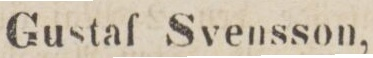
Gustaf Svensson,